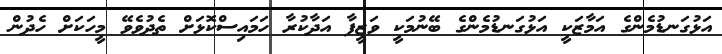
އަޅުގަނޑުމެންގެ އަމާޒަކީ އަޅުގަނޑުމެންގެ ބޭނުމަކީ ވަޒީފާ އަދާކުރާ ހަމައިސްކޮޅަށް ތެދުވެވޭ މީހަކަށް ހެދުން